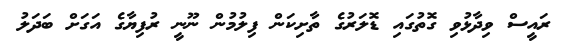
ރައީސް ވިދާޅުވި ގޮތުގައި ޑޮލަރުގެ ތާށިކަން ފިލުމުން ނޫނީ ރުފިޔާގެ އަގަށް ބަދަލު